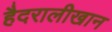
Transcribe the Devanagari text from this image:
हैदरालीखान